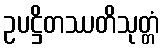
ဥပဋ္ဌိတဿတိသုတ္တံ